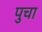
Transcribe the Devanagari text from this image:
पुचा